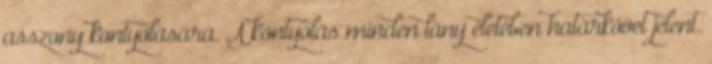
asszony kontyolására. A kontyolás minden lány életében határkövet jelent.